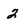
Character: 2